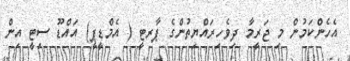
އެހެންކަމުން މި ޖަރީމާ ދިވެހިރައްޔިތުންގެ ޕާރޓީ ( އެމްޑީޕީ) އައްޑޫ ސިޓީ އިން